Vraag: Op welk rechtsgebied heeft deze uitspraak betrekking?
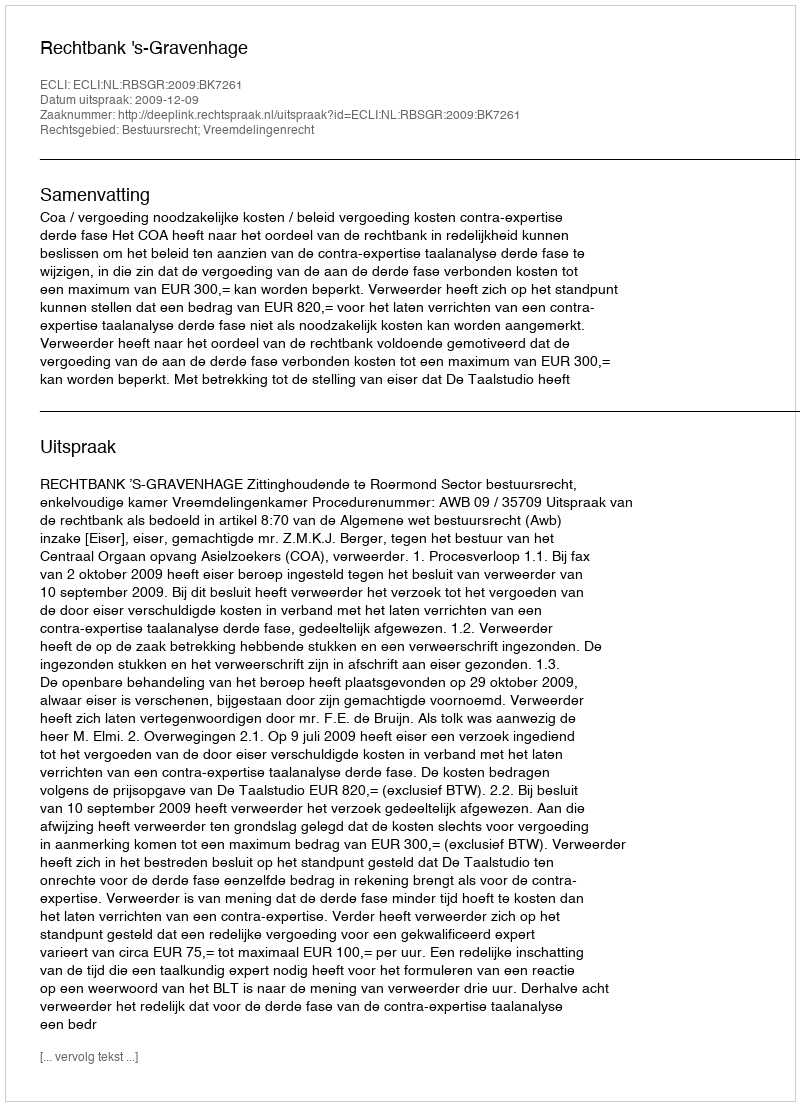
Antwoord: Bestuursrecht; Vreemdelingenrecht